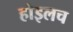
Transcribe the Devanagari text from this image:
होइलच